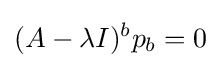
(A-\lambda I)^{b}p_{b}=0